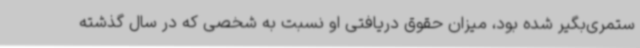
ستمری‌بگیر شده بود، میزان حقوق دریافتی او نسبت به شخصی که در سال گذشته